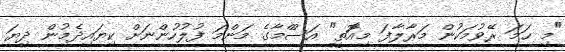
"މި ހަމަ ރޭވުމަކުން މަރާލާފަ މިއަޮތީ" އަސްްމާގެ މަންމަ ފުލުހުންނަށް ކިޔައިދެމުން ދިޔަ